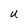
Character: U